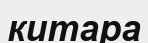
китара